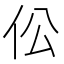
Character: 伀